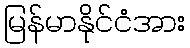
မြန်မာနိုင်ငံအား